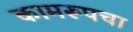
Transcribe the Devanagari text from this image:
कामरूपचा